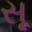
સૂ